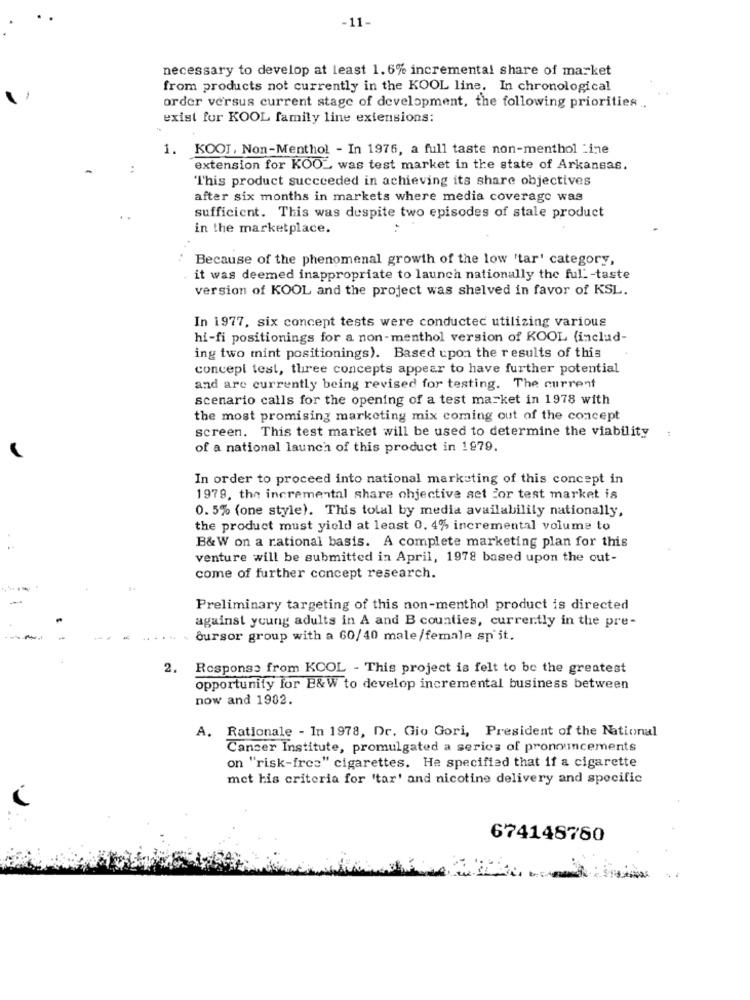
-11-
necessary to develop at least 1.6% incremental share of market
from products not currently in the KOOL line. In chronological
order versus current stage of development, the following priorities ..
exist fur KOOL family line extensions:
1. KOOJ, Non-Menthol - In 1976, a full taste non-menthol Line
extension for KOOL was test market in the state of Arkansas.
This product succeeded in achieving its share objectives
after six months in markets where media coverage was
sufficient. This was despite two episodes of stale product
in the marketplace.
Because of the phenomenal growth of the low 'tar' category,
it was deemed inappropriate to launch nationally the full -taste
version of KOOL and the project was shelved in favor of KSL.
In 1977, six concept tests were conducted utilizing various
hi-fi positionings for a non-menthol version of KOOL (includ-
ing two mint positionings). Based upon the results of this
concepi test, three concepts appear to have further potential
and are currently being revised for testing. The current
scenario calls for the opening of a test market in 1978 with
the most promising marketing mix coming out of the concept
screen. This test market will be used to determine the viability
of a national launch of this product in 1979.
In order to proceed into national marketing of this concept in
1979, the incremental share ohjective set For test market is
0. 5% (one style). This total by media availability nationally,
the product must yield at least 0. 4% incremental volume to
B&W on a rational basis. A complete marketing plan for this
venture will be submitted in April, 1978 based upon the out-
come of further concept research.
Preliminary targeting of this non-menthol product is directed
against young adults in A and B counties, currently in the pre-
bursor group with a 60/40 male/female spit.
2. Response from KCOL - This project is felt to be the greatest
opportunity for E&W to develop incremental business between
now and 1982.
A. Rationale - In 1978, Dr. Gio Gori, President of the National
Cancer Institute, promulgated a series of pronouncements
on "risk-fres" cigarettes. He specified that if a cigarette
met his criteria for 'tar' and nicotine delivery and specific
674148780